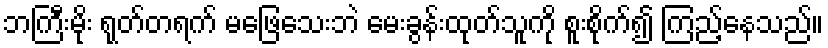
ဘကြီးမိုး ရုတ်တရက် မဖြေသေးဘဲ မေးခွန်းထုတ်သူကို စူးစိုက်၍ ကြည့်နေသည်။